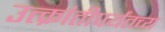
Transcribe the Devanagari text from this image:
उत्क्रांतीपर्यंतच्य